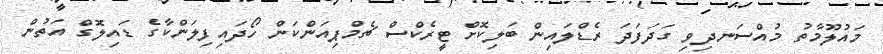
މައުލޫމާތު މުއްސަނދިވި ގަދަފަދަ ރެޑްލައިން ބަލިކޮށް ޓީރެކްސް ޗެމްޕިއަންކަން ހޯދައިފިލަންކާގެ ޑައިލޮގް އަތުން